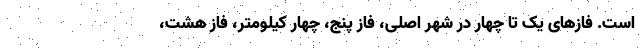
است. فازهای یک تا چهار در شهر اصلی، فاز پنج، چهار کیلومتر، فاز هشت،